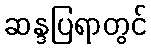
ဆန္ဒပြရာတွင်